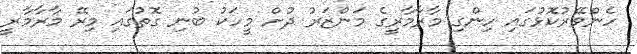
ހެންވޭރުކޮޅުގައި ހިންގި މާރާމާރީގެ މަންޒަރު ދުށް މީހަކު ބުނި ގޮތުގައި މިރޭ މާރާމާރީ